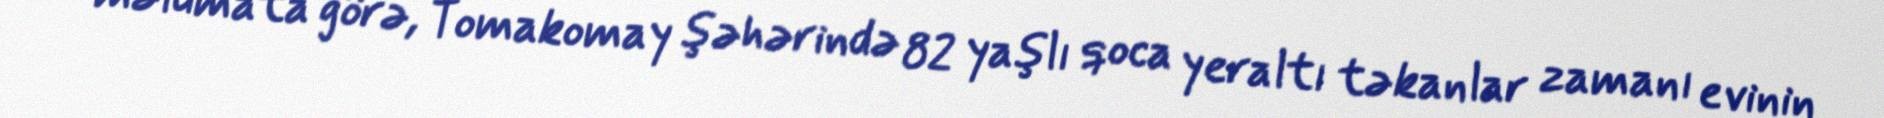
məlumata görə, Tomakomay şəhərində 82 yaşlı qoca yeraltı təkanlar zamanı evinin